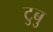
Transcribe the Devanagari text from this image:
टुबु